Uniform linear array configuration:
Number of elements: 12
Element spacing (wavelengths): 0.25
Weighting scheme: hann
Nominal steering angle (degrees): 45
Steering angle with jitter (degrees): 45.501
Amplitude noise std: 0.05
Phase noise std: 0.05

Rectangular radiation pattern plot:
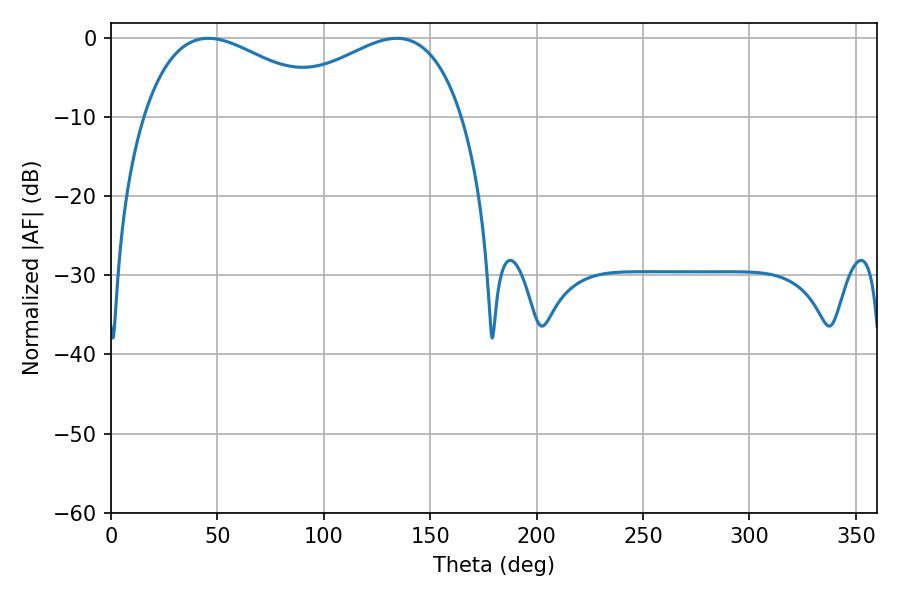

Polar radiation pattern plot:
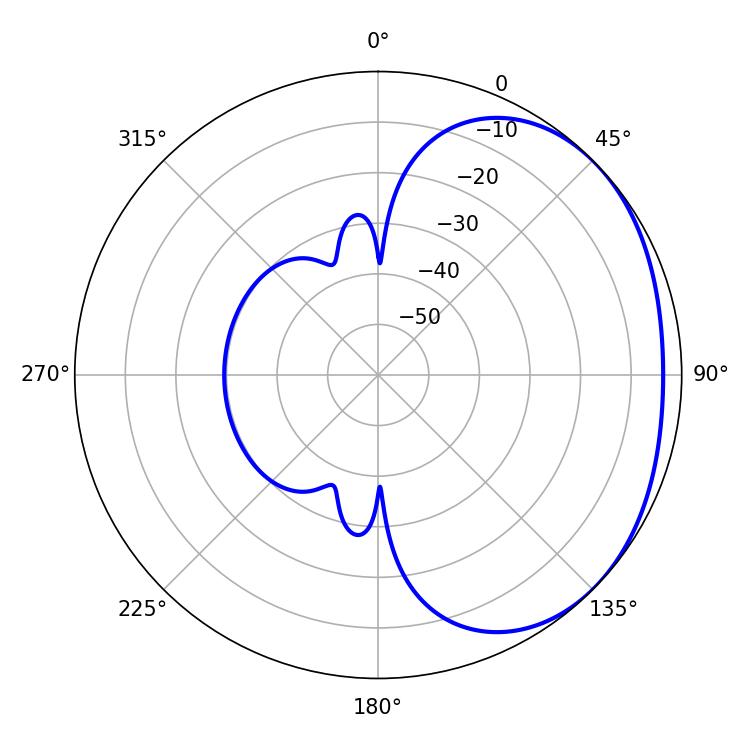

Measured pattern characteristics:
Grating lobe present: FALSE
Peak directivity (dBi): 1.932
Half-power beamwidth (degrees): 49.5
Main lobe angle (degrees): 45.72